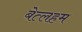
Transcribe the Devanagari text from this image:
बेत्लहम